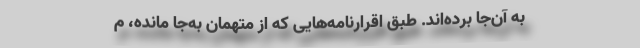
به آن‌جا برده‌اند. طبق اقرارنامه‌هایی که از متهمان به‌جا مانده، م